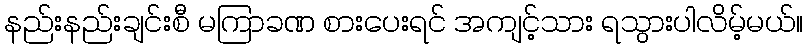
နည်းနည်းချင်းစီ မကြာခဏ စားပေးရင် အကျင့်သား ရသွားပါလိမ့်မယ်။